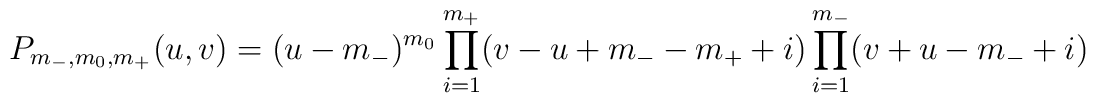
P_{m_-,m_0,m_+}(u,v)=(u-m_-)^{m_0} \prod_{i=1}^{m_+}(v-u+m_--m_++i)\prod_{i=1}^{m_-}(v+u-m_-+i)